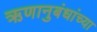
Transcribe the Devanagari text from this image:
ऋणानुबंधांच्या